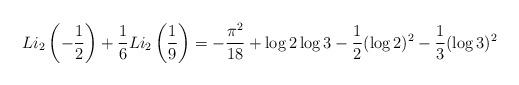
LaTeX: \begin{align*}Li_2\left(-\frac{1}{2}\right) + \frac{1}{6} Li_2\left(\frac{1}{9}\right)= - \frac{\pi^2}{18} + \log2 \log3 - \frac{1}{2}(\log2)^2 -\frac{1}{3}(\log3)^2 \end{align*}